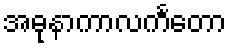
အဓုနာကာလင်္ကတော